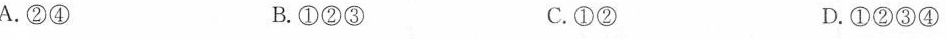
A.②④ B.①②③ C.①② D.①②③④